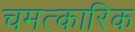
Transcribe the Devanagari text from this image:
चमत्‍कारिक